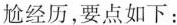
尬经历，要点如下：